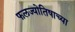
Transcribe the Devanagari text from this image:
फलज्योतिषाच्या